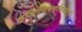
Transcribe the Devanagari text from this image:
दृष्टिविपर्यासदंड।